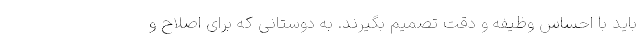
باید با احساس وظیفه و دقت تصمیم بگیرند. به دوستانی که برای اصلاح و